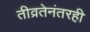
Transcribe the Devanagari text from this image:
तीव्रतेनंतरही